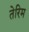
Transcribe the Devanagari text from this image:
तेरिम